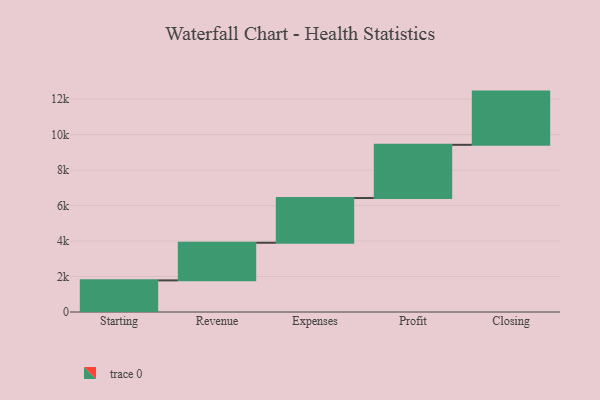
{"axis": {"x": "Step", "y": "Value"}, "legend": [""], "data": [{"x": "Starting", "y": 1783.0, "type": ""}, {"x": "Revenue", "y": 2121.0, "type": ""}, {"x": "Expenses", "y": 2521.0, "type": ""}, {"x": "Profit", "y": 3000, "type": ""}, {"x": "Closing", "y": 3000, "type": ""}]}